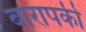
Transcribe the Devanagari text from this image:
बारापकी